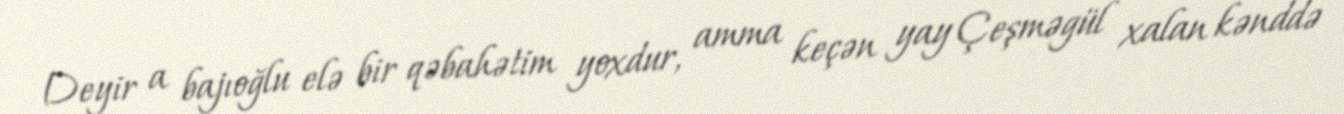
Deyir a bajıoğlu elə bir qəbahətim yoxdur, amma keçən yay Çeşməgül xalan kənddə